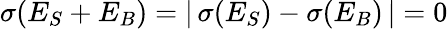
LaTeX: \sigma(E_{S}+E_{B})=\left|\, \sigma(E_{S})-\sigma(E_{B})\, \right|=0